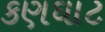
કણઘાટ